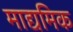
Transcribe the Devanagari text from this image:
माद्यमिक